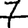
Digit: 7